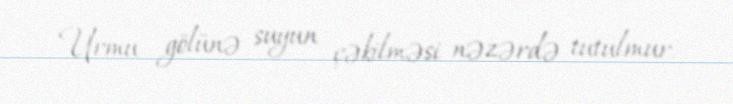
Urmu gölünə suyun çəkilməsi nəzərdə tutulmur.